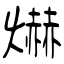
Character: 爀